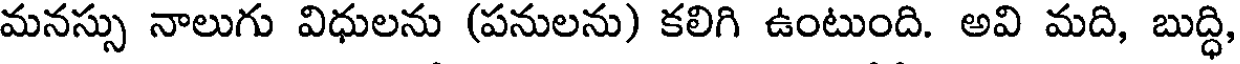
మనస్సు నాలుగు విధులను (పనులను) కలిగి ఉంటుంది. అవి మది, బుద్ధి,